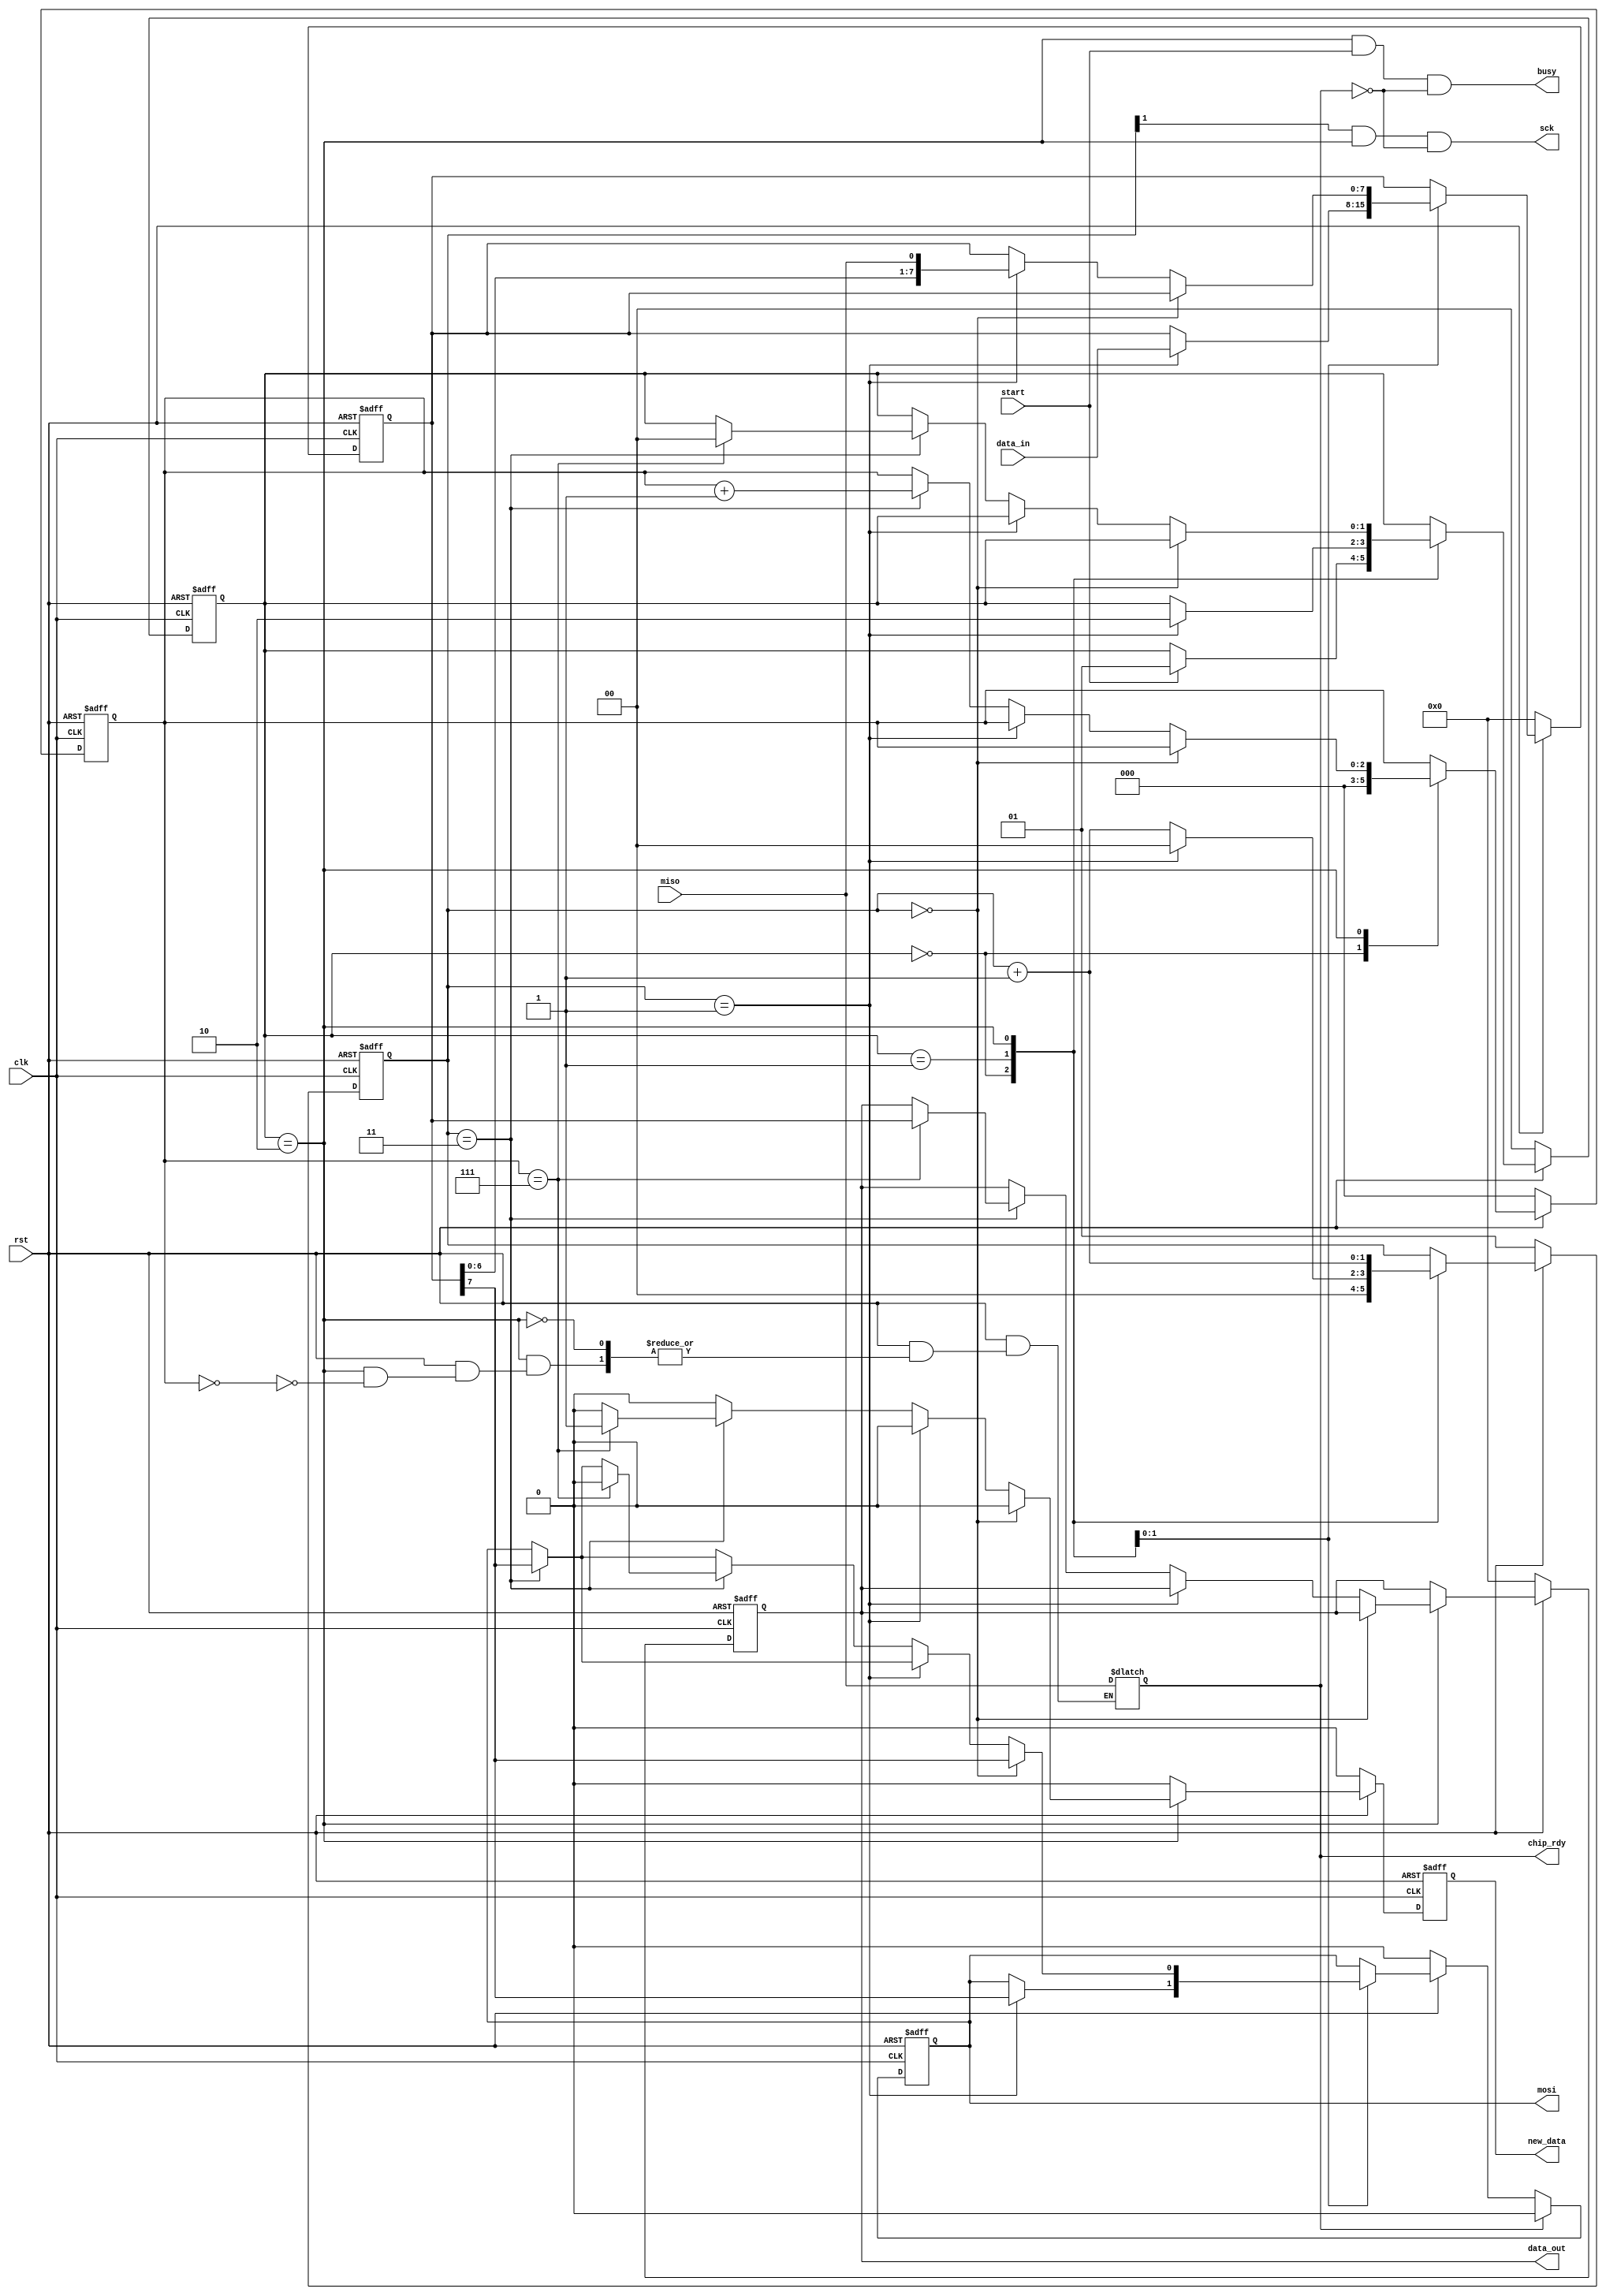
module spi_master #(parameter CLK_DIV = 2)(
    input clk,
    input rst,
    input miso,
    output mosi,
    output sck,
    input start,
    input[7:0] data_in,
    output[7:0] data_out,
    output busy, chip_rdy,
    output new_data
  );
   
  localparam STATE_SIZE = 2;
  localparam IDLE = 2'd0,
    WAIT_HALF = 2'd1,
    TRANSFER = 2'd2;

  reg [STATE_SIZE-1:0] state_d, state_q; 
  reg [7:0] data_d, data_q;
  reg [1:0] sck_d, sck_q;
  reg mosi_d, mosi_q;
  reg [2:0] ctr_d, ctr_q;
  reg new_data_d, new_data_q;
  reg [7:0] data_out_d, data_out_q;
  //reg count;
  reg [3:0] test;
  reg chip_rdy_a/*, wait_q, wait_d*/;
   
  assign mosi = mosi_q;
  //assign sck = (~sck_q) & (state_q == TRANSFER);
  assign sck = (sck_q[1]) & (state_q == TRANSFER) & (~chip_rdy); //(start == 1'b1);
  assign busy = (state_q == TRANSFER) & (start == 1'b1) & (~chip_rdy);
  assign data_out = data_out_q;
  assign new_data = new_data_q;
  assign chip_rdy = chip_rdy_a;
   
  //always @(*) begin
    //sck_d = sck_q;
    //data_d = data_q;
    //mosi_d = mosi_q;
    //ctr_d = ctr_q;
    //new_data_d = 1'b0;
    //data_out_d = data_out_q;
    //state_d = state_q;
    //
    //if (start == 1'b0) begin
        //state_d = IDLE;
        //mosi_d = 1'b0;
    //end
    ////if (start == 1'b1) begin
    //case (state_q)
      //IDLE: begin
        //sck_d = 4'b0;              // reset clock counter
        //ctr_d = 3'b0;              // reset bit counter
        //if (start == 1'b1) begin   // if start command
          //data_d = data_in;        // copy data to send
          //state_d = WAIT_HALF;     // change state
        //end
      //end
      //WAIT_HALF: begin
        //sck_d = sck_q + 1'b1;                  // increment clock counter
        //if (sck_q == {CLK_DIV-1{1'b1}}) begin  // if clock is half full (about to fall)
          //sck_d = 1'b0;                        // reset to 0
          //state_d = TRANSFER;                  // change state
          //mosi_d = data_q[7];
//
        //end
      //end
      //TRANSFER: begin
        //if (sck_q == 2'b11) begin
            //sck_d = 2'b0;
            //mosi_d = data_q[7];
        //end
        //else
            //sck_d = sck_q + 1'b1;                       // increment clock counter
        //if (sck_q == 4'b0000) begin                     // if clock counter is 0
          //mosi_d = data_q[7];                           // output the MSB of data
        //end else if (sck_q == {CLK_DIV-1{1'b1}}) begin  // else if it's half full (about to fall)
          //data_d = {data_q[6:0], miso};                 // read in data (shift in)
        //end else if (sck_q == {CLK_DIV{1'b1}}) begin    // else if it's full (about to rise)
          //ctr_d = ctr_q + 1'b1;                         // increment bit counter
          //if (ctr_q == 3'b111) begin                    // if we are on the last bit
            //state_d = IDLE;                             // change state
            //mosi_d = 1'b0;
            //data_out_d = data_q;                        // output data
            //new_data_d = 1'b1;                          // signal data is valid
          //end
        //end
      //end
//
  //end



  always @(*) begin
    if (rst == 1'b0) begin
      ctr_d = 3'b0;
      data_d = 8'b0;
      sck_d = 2'b01;
      mosi_d = 1'b0;
      state_d = IDLE;
      data_out_d = 8'b0;
      new_data_d = 1'b0;
      test = 4'd0;
      chip_rdy_a = miso;
      //wait_d = 1'b1;
    end

    else begin
        sck_d = sck_q;
        data_d = data_q;
        mosi_d = mosi_q;
        ctr_d = ctr_q;
        new_data_d = 1'b0;
        data_out_d = data_out_q;
        state_d = state_q;
        
        //if (start == 1'b0) begin
          //  state_d = IDLE;
            //mosi_d = 1'b0;
        //end
        //if (start == 1'b1) begin
        case (state_q)
          IDLE: begin
            sck_d = 4'b0;              // reset clock counter
            test = 0;
            ctr_d = 3'b0;              // reset bit counter
            if ((start == 1'b1)) begin   // if start command
              test = 1;
              //data_d = data_in;        // copy data to send
              state_d = WAIT_HALF;     // change state
            end
          end
          WAIT_HALF: begin
            test = 2;
            sck_d = sck_q + 1'b1;                  // increment clock counter
            if (sck_q == {CLK_DIV-1{1'b1}}) begin  // if clock is half full (about to fall)
              data_d = data_in;
              test = 3;
              sck_d = 1'b0;                        // reset to 0
              state_d = TRANSFER;                  // change state
              mosi_d = data_q[7];

            end
          end
          TRANSFER: begin
            test = 4;
            if (ctr_q == 3'b0)
                chip_rdy_a = miso;
            if (sck_q == 2'b11) begin
                test = 5;
                sck_d = 2'b0;
                mosi_d = data_q[7];
            end
            else
                test = 6;
                sck_d = sck_q + 1'b1;                       // increment clock counter
            if (sck_q == 4'b0000) begin                     // if clock counter is 0
                test = 7;
                //chip_rdy = miso;
                //if (miso == 1'b0)
                    mosi_d = data_q[7];                           // output the MSB of data
                //else begin
                    //state_d = IDLE;
                //    mosi_d = 1'b0;
            end else if (sck_q == {CLK_DIV-1{1'b1}}) begin  // else if it's half full (about to fall)
              test = 8;
              data_d = {data_q[6:0], miso};                 // read in data (shift in)
            end else if (sck_q == {CLK_DIV{1'b1}}) begin    // else if it's full (about to rise)
              test = 9;
              ctr_d = ctr_q + 1'b1;                         // increment bit counter
              if (ctr_q == 3'b111) begin                    // if we are on the last bit
                test = 9;
                state_d = IDLE;                             // change state
                mosi_d = 1'b0;
                data_out_d = data_q;                        // output data
                new_data_d = 1'b1;                          // signal data is valid
                //wait_d = wait_q;
              end
            end
          end
        endcase
    end
  end


   
    always @(posedge clk or negedge rst) begin
        if (rst == 1'b0) begin
          ctr_q <= 3'b0;
          data_q <= 8'b0;
          sck_q <= 2'b01;
          mosi_q <= 1'b0;
          state_q <= IDLE;
          data_out_q <= 8'b0;
          new_data_q <= 1'b0;
          //wait_q <= 1'b1;
      end else begin
        if (~chip_rdy_a) begin
            ctr_q <= ctr_d;
            data_q <= data_d;
            sck_q <= sck_d;
            mosi_q <= mosi_d;
            state_q <= state_d;
            data_out_q <= data_out_d;
            new_data_q <= new_data_d;
            //wait_q <= 1'b0;
        end
        else begin
            ctr_q <= ctr_d;
            data_q <= data_d;
            sck_q <= sck_d;
            mosi_q <= 1'b0;
            state_q <= state_d;
            data_out_q <= data_out_d;
            new_data_q <= new_data_d;
            //wait_q <= 1'b1;
        end
      end
  end


endmodule